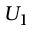
U _ { 1 }